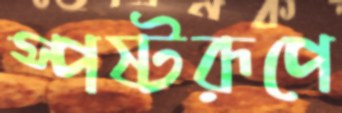
স্পষ্টরূপে